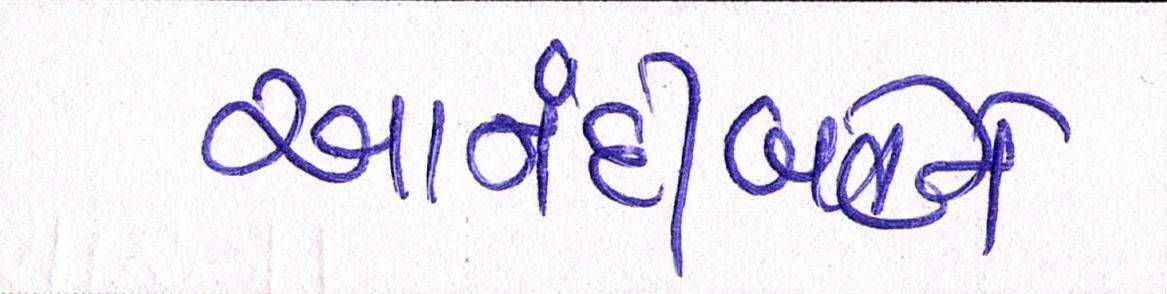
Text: આનંદીબહેને